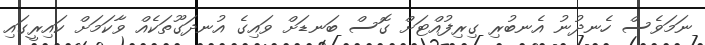
ނަމަވެސް ހެނދުނު އެނބުރި ގިރިފުއްޓަށް ގޮސް ބަނޑަށް ވައިގެ އުނދަގޫތަކެއް ވާކަމަށް ކައިރީގައި